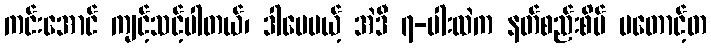
ကင်းအောင် ကျင့်သင့်ပါတယ်၊ ဒါပေမယ့် အဲဒီ ၇-ပါးထဲက နတ်စည်းစိမ် မတောင့်တ